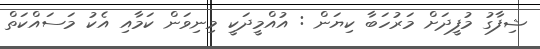
ޝިފާގު މުފީދަށް މަރުހަބާ ކިޔަން : އުއްމީދަކީ މިނިވަން ކަމާއި އެކު މަސައްކަތް